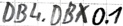
Text: DB4.DBX0.1